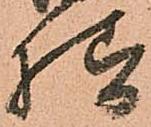
様